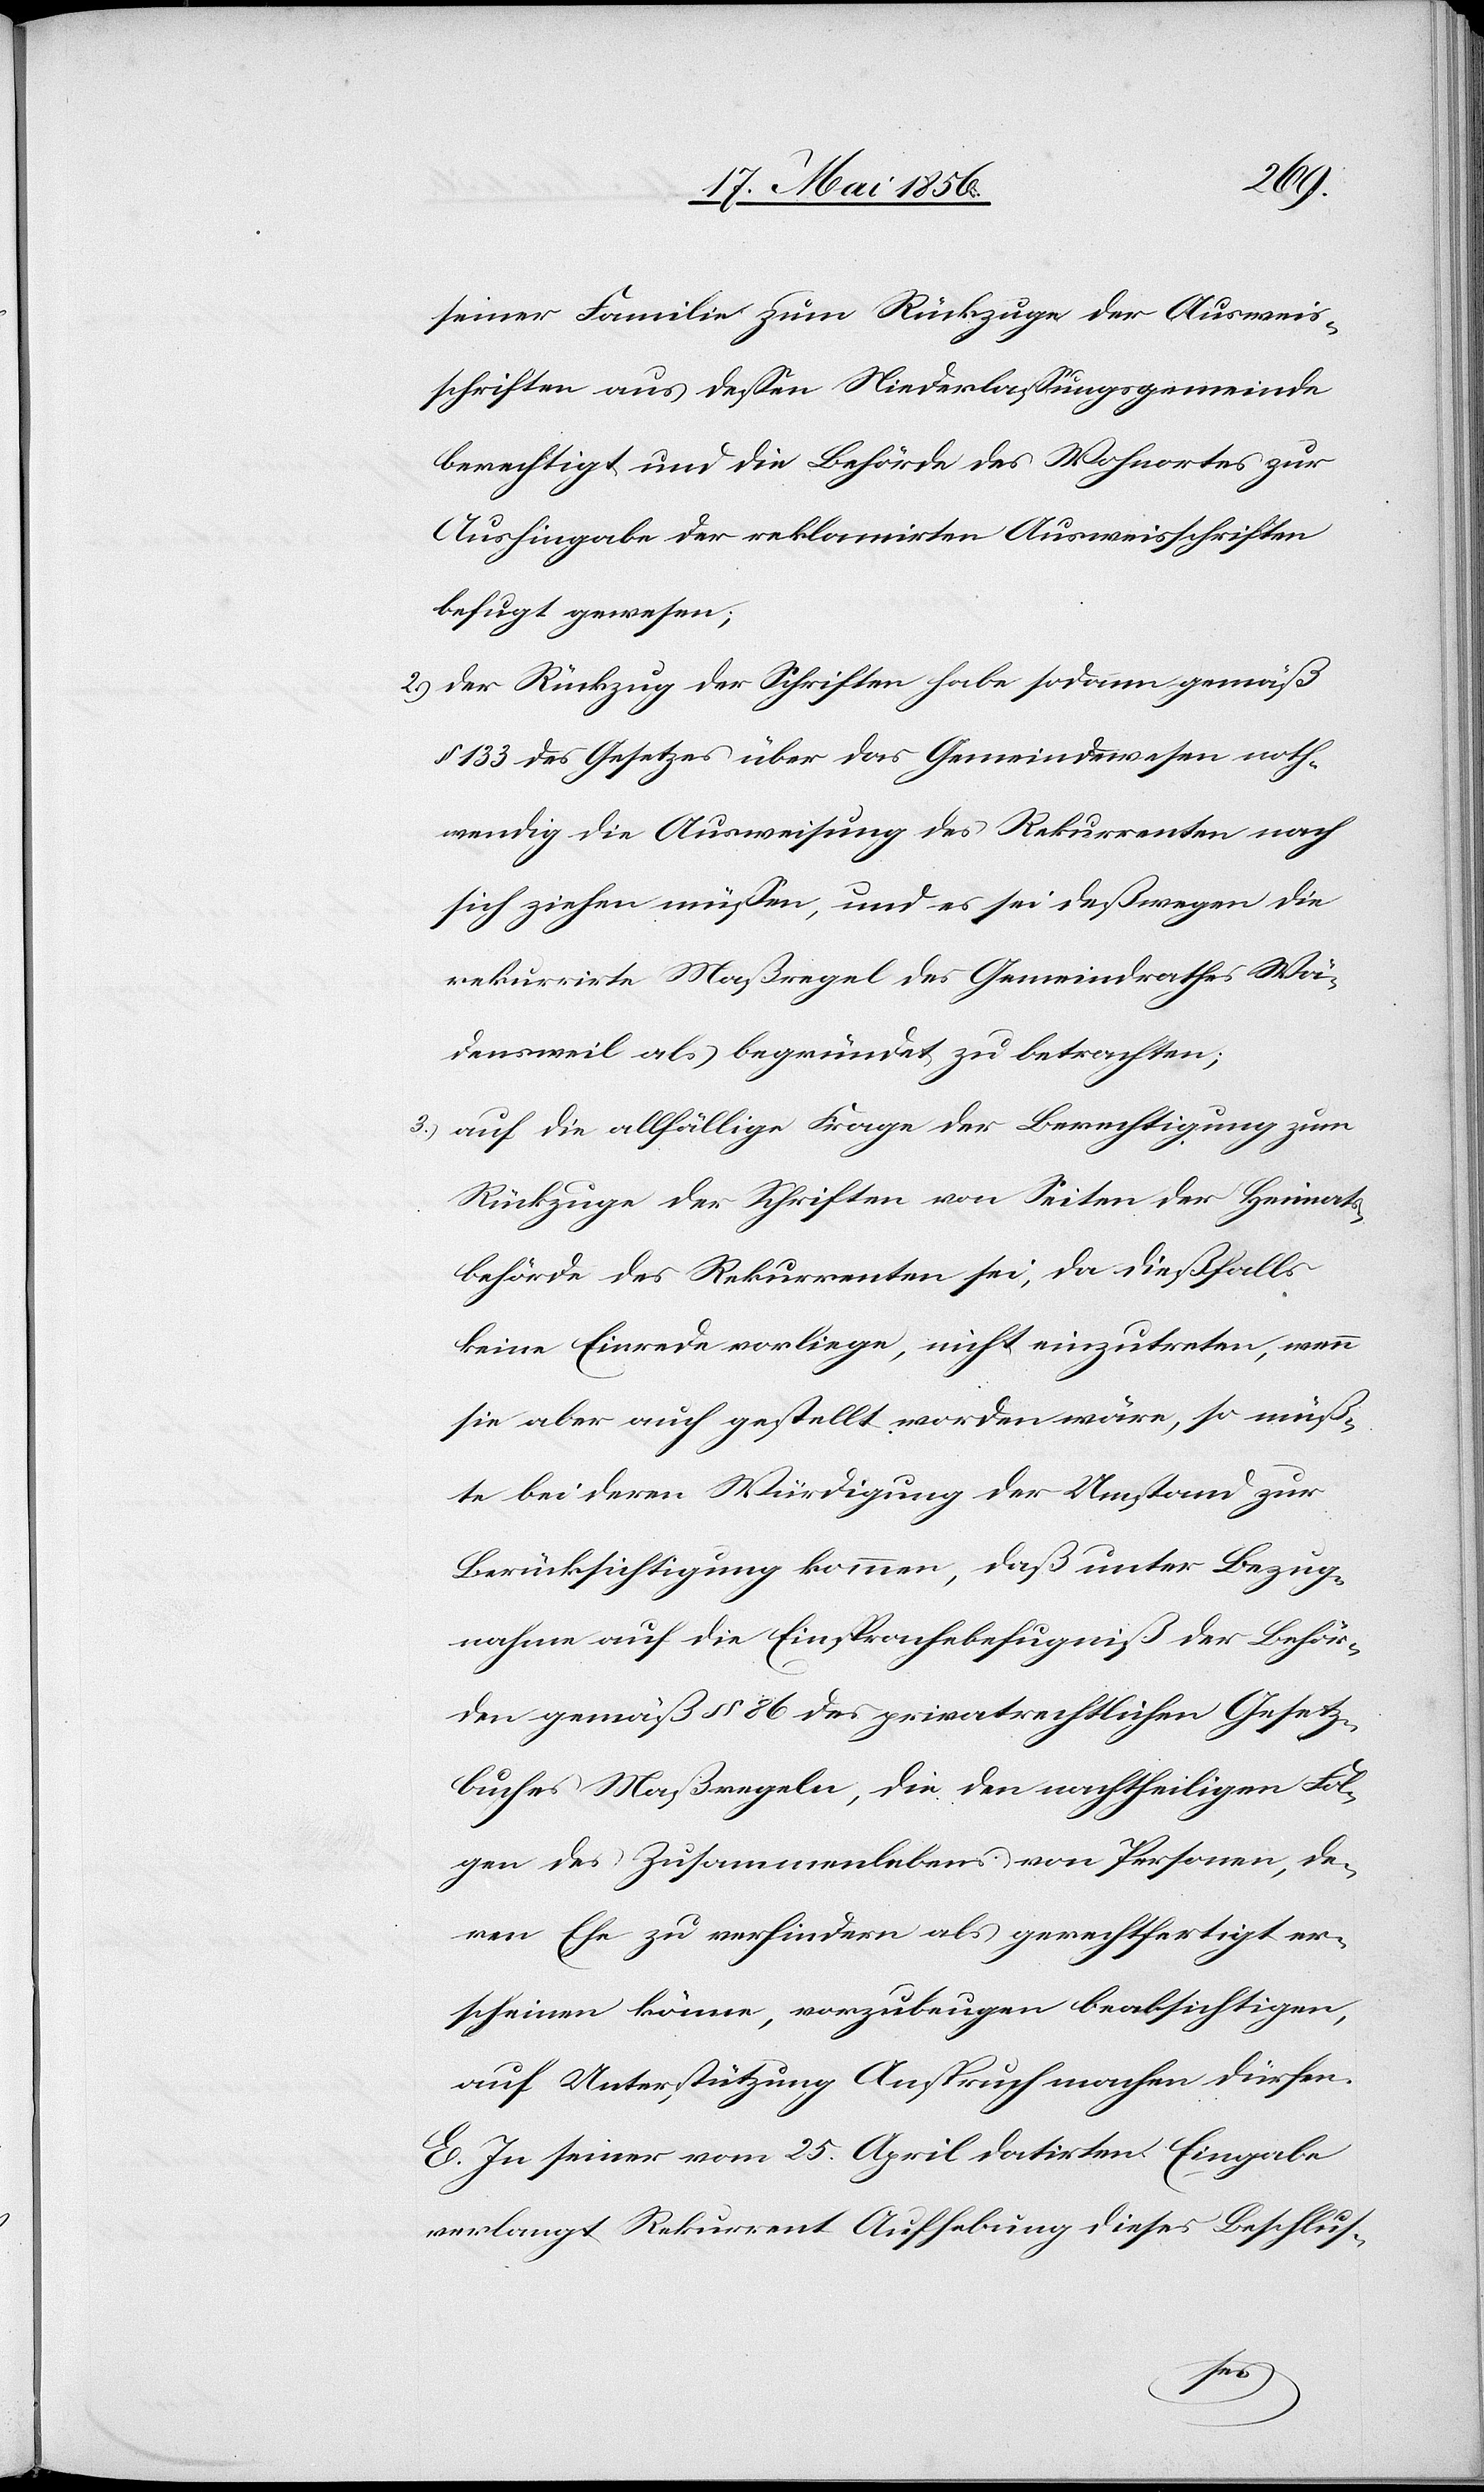
seiner Familie zum Rückzuge der Ausweis¬
schriften aus dessen Niederlassungsgemeinde
berechtigt und die Behörde des Wohnortes zur
Aushingabe der reklamirten Ausweisschriften
befugt gewesen;
2.) der Rückzug der Schriften habe sodann gemäß
§ 133 des Gesetzes über das Gemeindewesen noth¬
wendig die Ausweisung des Rekurrenten nach
sich ziehen müssen, und es sei deßwegen die
rekurrirte Maßregel des Gemeindrathes Wä¬
densweil als begründet zu betrachten;
3.) auf die allfällige Frage der Berechtigung zum
Rückzuge der Schriften von Seiten der Heimats¬
behörde des Rekurrenten sei, da dießfalls
keine Einrede vorliege, nicht einzutreten, wenn
sie aber auch gestellt worden wäre, so müß¬
te bei deren Würdigung der Umstand zur
Berücksichtigung kommen, daß unter Bezug¬
nahme auf die Einsprachebefugniß der Behör¬
den gemäß § 86 des privatrechtlichen Gesetz¬
buches Maßregeln, die den nachtheiligen Fol¬
gen des Zusammenlebens von Personen, de¬
ren Ehe zu verhindern als gerechtfertigt er¬
scheinen könne, vorzubeugen beabsichtigen,
auf Unterstützung Anspruch machen dürfen.
E. In seiner vom 25. April datirten Eingabe
verlangt Rekurrent Aufhebung dieses Beschlus-